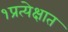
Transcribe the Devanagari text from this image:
१प्रत्येक्षात